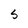
Character: S